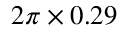
2 \pi \times 0 . 2 9